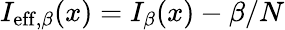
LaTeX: I_{\mathrm{eff},\beta}(x)=I_{\beta}(x)-\beta/N